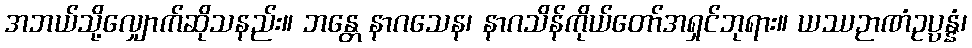
အဘယ်သို့လျှောက်ဆိုသနည်း။ ဘန္တေ နာဂသေန၊ နာဂသိန်ကိုယ်တော်အရှင်ဘုရား။ ယဿဉာဏံဥပ္ပန္နံ၊